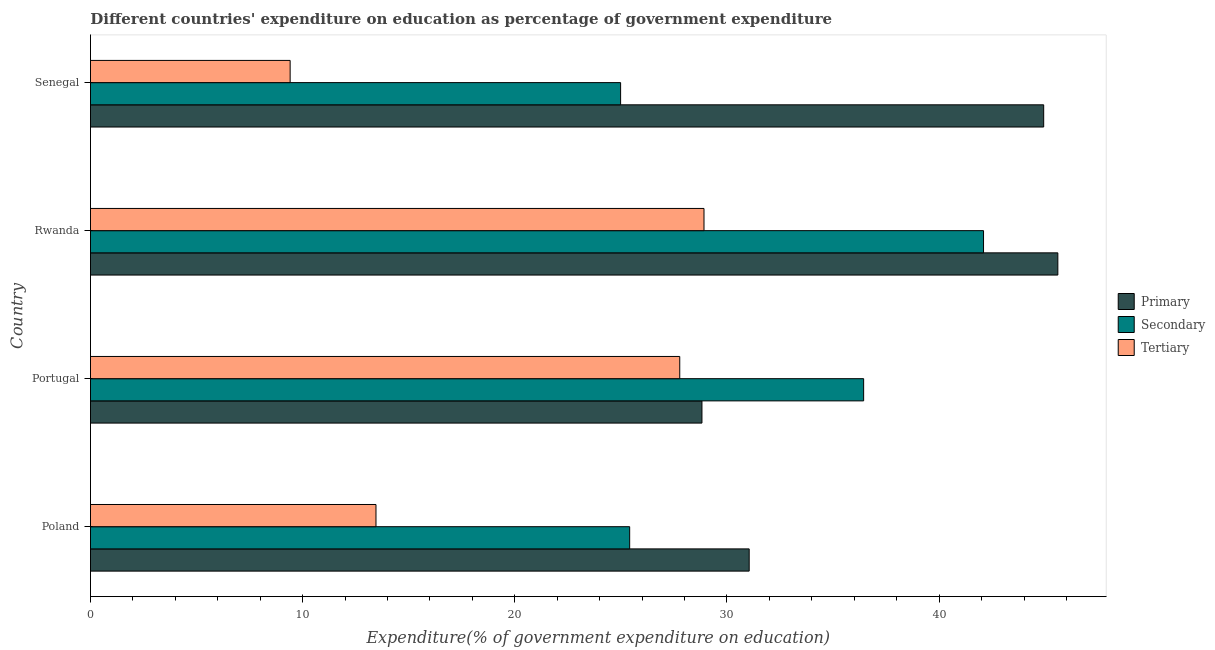
| Country | Primary | Secondary | Tertiary |
 | --- | --- | --- | --- |
 | Poland | 31 | 25.4 | 13.5 |
 | Portugal | 28.8 | 36.4 | 27.8 |
 | Rwanda | 45.6 | 42.1 | 28.9 |
 | Senegal | 44.9 | 25 | 9.41 |